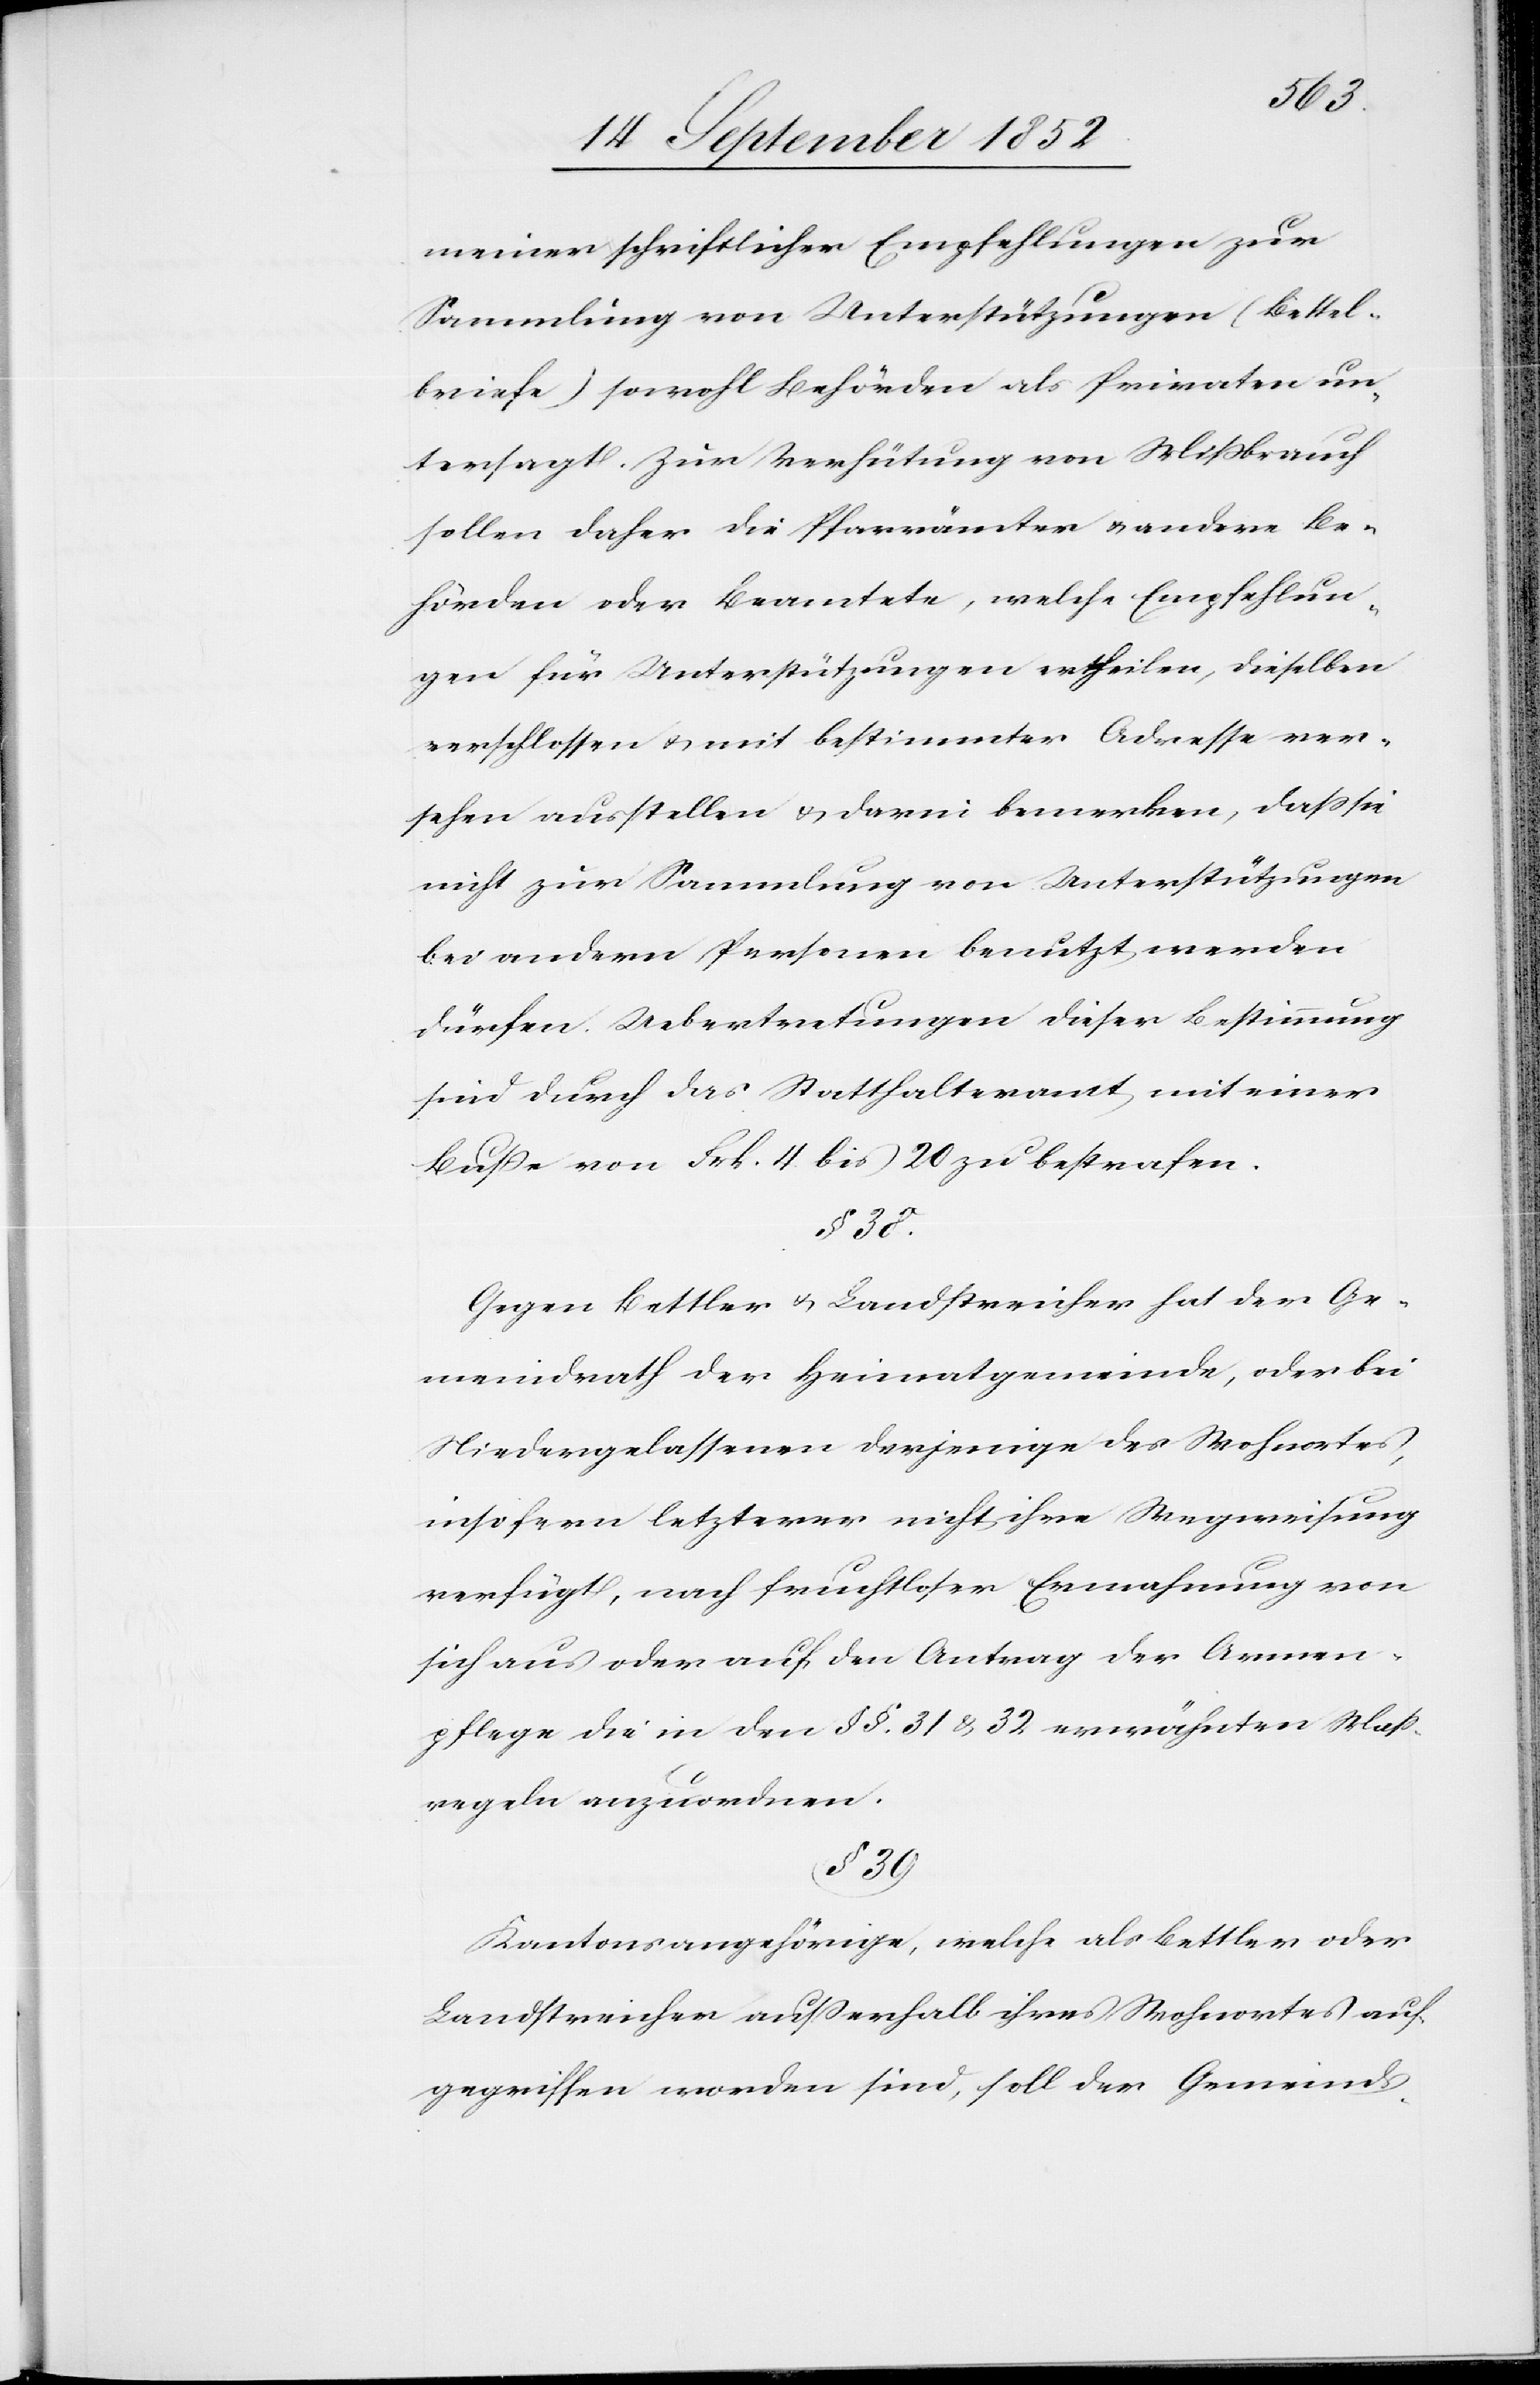
meiner schriftlicher Empfehlungen zur
Sammlung von Unterstützungen (Bettel¬
briefe) sowohl Behörden als Privaten un¬
tersagt. Zur Verhütung von Mißbrauch
sollen daher die Pfarrämter & andere Be¬
hörden oder Beamtete, welche Empfehlun¬
gen für Unterstützungen ertheilen, dieselben
verschlossen & mit bestimmter Adresse ver¬
sehen ausstellen & darin bemerken, dass sie
nicht zur Sammlung von Unterstützungen
bei andern Personen benutzt werden
dürfen. Uebertretungen dieser Bestimmung
sind durch das Statthalteramt mit einer
Buße von Frk. 4 bis 20 zu bestrafen.
§ 38.
Gegen Bettler & Landstreicher hat der Ge¬
meindrath der Heimatgemeinde, oder bei
Niedergelassenen derjenige des Wohnortes,
insofern letzterer nicht ihre Wegweisung
verfügt, nach fruchtloser Ermahnung von
sich aus oder auf den Antrag der Armen¬
pflege die in den §§. 31 & 32 erwähnten Mass¬
regeln anzuordnen.
§ 39
Kantonsangehörige, welche als Bettler oder
Landstreicher außerhalb ihres Wohnortes auf¬
gegriffen worden sind, soll der Gemeinds-